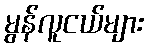
မွန်လူငယ်များ